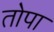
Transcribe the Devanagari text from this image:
तोपा